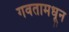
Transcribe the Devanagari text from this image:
गवतामधून